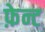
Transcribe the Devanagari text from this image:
फ़ेन्ट